Quinine and its salts - Number 41
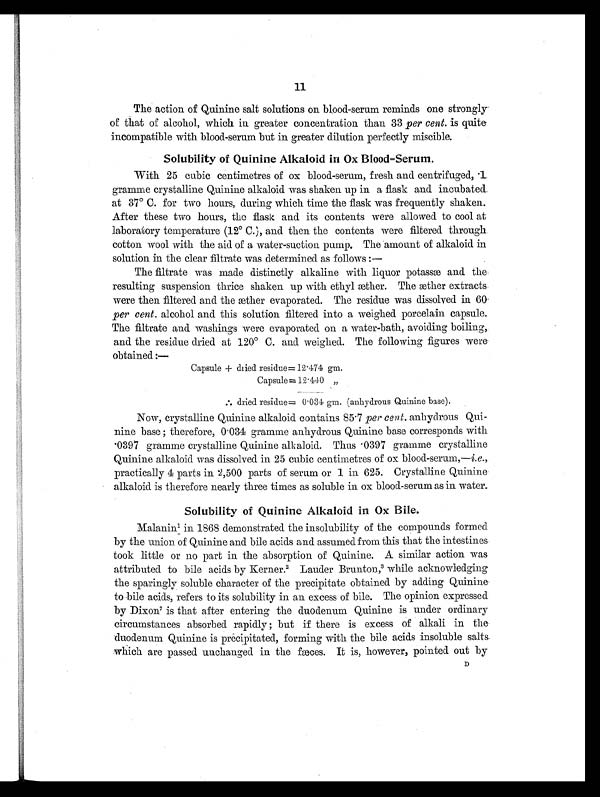
11
The action of Quinine salt solutions on blood-serum reminds one strongly
of that of alcohol, which in greater concentration than 33 per cent. is quite
incompatible with blood-serum but in greater dilution perfectly miscible.
Solubility of Quinine Alkaloid in Ox Blood=Serum.
With 25 cubic centimetres of ox blood-serum, fresh and centrifuged, .1
gramme crystalline Quinine alkaloid was shaken up in a flask and incubated
at 37° C. for two hours, during which time the flask was frequently shaken.
After these two hours, the flask and its contents were allowed to cool at
laboratory temperature (12° C.), and then the contents were filtered through
cotton wool with the aid of a water-suction pump. The amount of alkaloid in
solution in the clear filtrate was determined as follows:—
The filtrate was made distinctly alkaline with liquor potassæ and the
resulting suspension thrice shaken up with ethyl æther. The æther extracts
were then filtered and the æther evaporated. The residue was dissolved in 60
per cent. alcohol and this solution filtered into a weighed porcelain capsule.
The filtrate and washings were evaporated on a water-bath, avoiding boiling,
and the residue dried at 120° C. and weighed. The following figures were
obtained:—
Capsule + dried residue= 12.474 gm.
Capsule= 12.440 „
[ I L L ] d r i e d r e s i d u e = 0 . 0 3 4 g m . ( a n h y d r o u s Q u i n i n e b a s e ) .
Now, crystalline Quinine alkaloid contains 85.7 per cent. anhydrous Qui-
nine base; therefore, 0.034 gramme anhydrous Quinine base corresponds with
.0397 gramme crystalline Quinine alkaloid. Thus .0397 gramme crystalline
Quinine alkaloid was dissolved in 25 cubic centimetres of ox blood-serum,—i.e.,
practically 4 parts in 2,500 parts of serum or 1 in 625. Crystalline Quinine
alkaloid is therefore nearly three times as soluble in ox blood-serum as in water.
Solubility of Quinine Alkaloid in Ox Bile,
Malanin1 i n 1 8 6 8 d e m o n s t r a t e d t h e i n s o l u b i l i t y o f t h e c o m p o u n d s f o r m e d
by the union of Quinine and bile acids and assumed from this that the intestines
took little or no part in the absorption of Quinine. A similar action was
attributed to bile acids by Kerner. 2 L a u d e r B r u n t o n ,
3 w h i l e a c k n o w l e d g i n g
the sparingly soluble character of the precipitate obtained by adding Quinine
to bile acids, refers to its solubility in an excess of bile. The opinion expressed
by Dixon7 i s t h a t a f t e r e n t e r i n g t h e d u o d e n u m Q u i n i n e i s u n d e r o r d i n a r y
circumstances absorbed rapidly ; but if there is excess of alkali in the
duodenum Quinine is precipitated, forming with the bile acids insoluble salts
which are passed unchanged in the fæces. It is, however, pointed out by